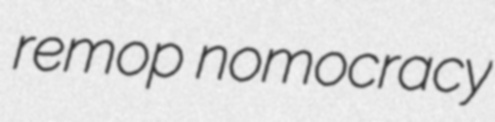
remop nomocracy